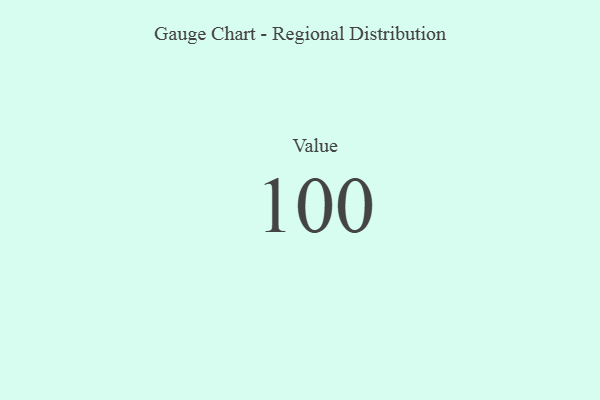
{"axis": {"x": "Metric", "y": "Value"}, "legend": [""], "data": [{"x": "Value", "y": 100, "type": ""}]}